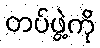
တပ်ဖွဲ့ကို